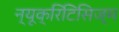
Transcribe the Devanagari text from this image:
न्यूक्रिटिसिज्म